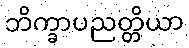
ဘိက္ခာပညတ္တိယာ